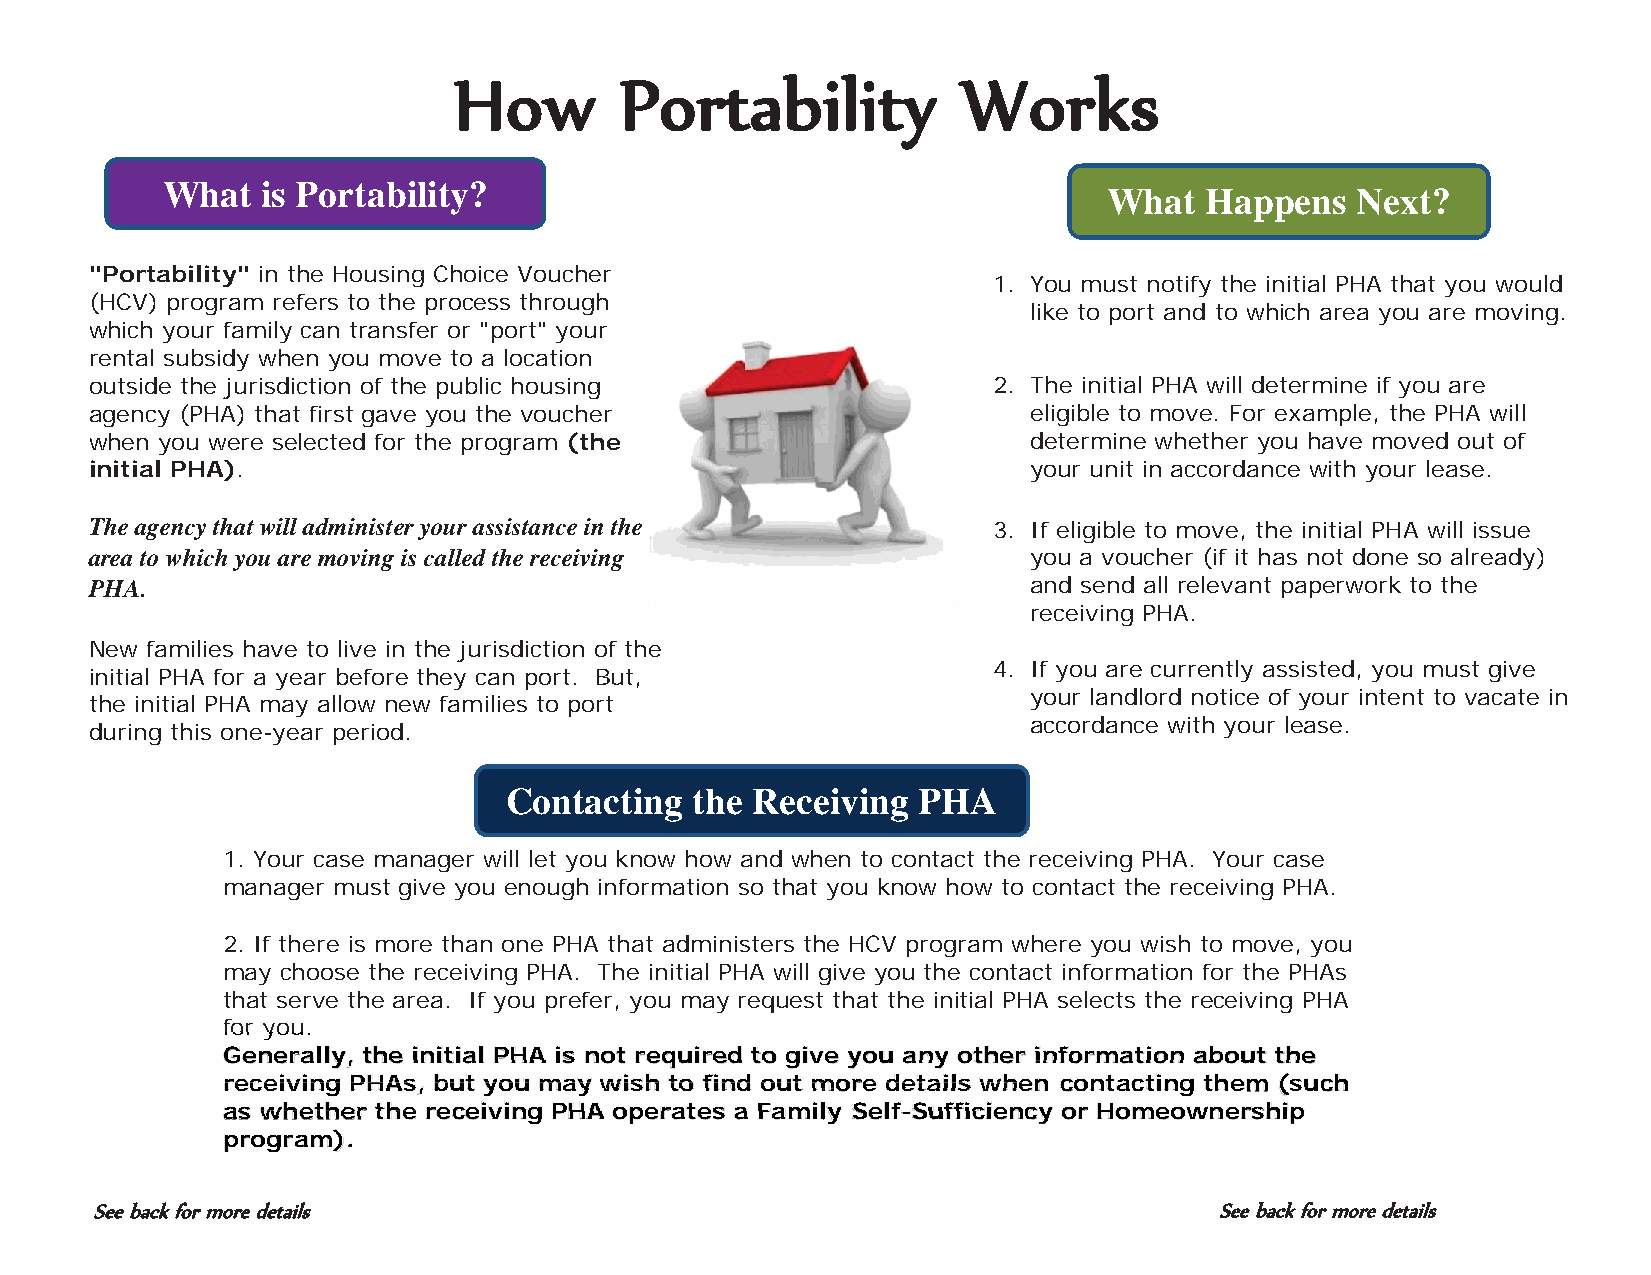
How        Portability            Workss
 What  is Portability?
 What   Happens   Next?
 "Portability" in the Housing Choice Voucher
 1. You must notify the initial PHA that you would
 (HCV) program refers to the process through
 like to port and to which area you are moving.
 which your family can transfer or "port" your
 rental subsidy when you move to a location
 outside the jurisdiction of the public housing              2. The initial PHA will determine if you are
 agency (PHA) that first gave you the voucher                  eligible to move. For example, the PHA will
 when you were selected for the program (the                   determine whether you have moved out of
 initial PHA).                                                 your unit in accordance with your lease.
 The agency that will administer your assistance in the      3. If eligible to move, the initial PHA will issue
 area to which you are moving is called the receiving          you a voucher (if it has not done so already)
 PHA.                                                          and send all relevant paperwork to the
 receiving PHA.
 New families have to live in the jurisdiction of the
 4. If you are currently assisted, you must give
 initial PHA for a year before they can port. But,
 your landlord notice of your intent to vacate in
 the initial PHA may allow new families to port
 accordance with your lease.
 during this one-year period.
 Contacting  the Receiving  PHA
 1. Your case manager will let you know how and when to contact the receiving PHA. Your case
 manager must give you enough information so that you know how to contact the receiving PHA.
 2. If there is more than one PHA that administers the HCV program where you wish to move, you
 may choose the receiving PHA. The initial PHA will give you the contact information for the PHAs
 that serve the area. If you prefer, you may request that the initial PHA selects the receiving PHA
 ffoorr yyoouu..
 GGGeeennneeerrraaallllllyyy,,, ttthhheee iiinnniiitttiiiaaalll PPPHHHAAA iiisss nnnooottt rrreeeqqquuuiiirrreeeddd tttooo gggiiivvveee yyyooouuu aaannnyyy ooottthhheeerrr iiiinnnnnffffffooooorrrmmmaaatttiiiooonnn aaabbbooouuuttt ttthhheee
 rrrreeeecccceeeeiiiivvvviiiinnnngggg PPPPHHHHAAAAssss,,, bbbbuuuutttt yyyyoooouuuu mmmmaaaayyyy wwwwiiiisssshhhh ttttoooo ffffiiiinnnndddd oooouuuutttt mmmmmmmooooooorrrrrrrreeeeeee ddddeeeettttaaaaiiiillllssss wwwwhhhheeeeeeennnnnnn cccccccooooooonnnnttttaaaaccccttttiiiinnnngggg tttthhhheeeemmmm ((((ssssuuuucccchhh
 aaaassss wwwwhhhheeeetttthhhhhhheeeeeerrrrrr ttttthhhhheee rrreeeccceeeiiivvviiinnnggg PPPHHHAAA ooopppeeerrraaattteeesss aaa FFFaaammmiiilllllyyyyy SSSSSeeeeelllfff--SSSuuuffffffiiiccciiieeennncccccyyyyyy ooooorrr HHHooommmeeeooowwwnnneeerrrssshhhiiippp
 ppprrrooogggrrraaammm)))))..
 See back for more details                                                  See back for more details